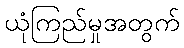
ယုံကြည်မှုအတွက်